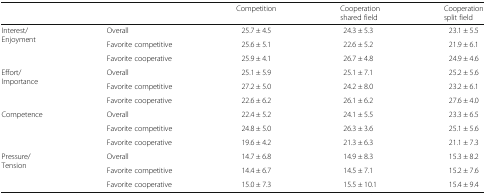
|  |  | Competition | Cooperationshared field | Cooperationsplit field |
 | --- | --- | --- | --- | --- |
 | <ROWSPAN=3> Interest/Enjoyment | Overall | 25.7 ± 4.5 | 24.3 ± 5.3 | 23.1 ± 5.5 |
 | Favorite competitive | 25.6 ± 5.1 | 22.6 ± 5.2 | 21.9 ± 6.1 |
 | Favorite cooperative | 25.9 ± 4.1 | 26.7 ± 4.8 | 24.9 ± 4.6 |
 | <ROWSPAN=3> Effort/Importance | Overall | 25.1 ± 5.9 | 25.1 ± 7.1 | 25.2 ± 5.6 |
 | Favorite competitive | 27.2 ± 5.0 | 24.2 ± 8.0 | 23.2 ± 6.1 |
 | Favorite cooperative | 22.6 ± 6.2 | 26.1 ± 6.2 | 27.6 ± 4.0 |
 | <ROWSPAN=3> Competence | Overall | 22.4 ± 5.2 | 24.1 ± 5.5 | 23.3 ± 6.5 |
 | Favorite competitive | 24.8 ± 5.0 | 26.3 ± 3.6 | 25.1 ± 5.6 |
 | Favorite cooperative | 19.6 ± 4.2 | 21.3 ± 6.3 | 21.1 ± 7.3 |
 | <ROWSPAN=3> Pressure/Tension | Overall | 14.7 ± 6.8 | 14.9 ± 8.3 | 15.3 ± 8.2 |
 | Favorite competitive | 14.4 ± 6.7 | 14.5 ± 7.1 | 15.2 ± 7.6 |
 | Favorite cooperative | 15.0 ± 7.3 | 15.5 ± 10.1 | 15.4 ± 9.4 |